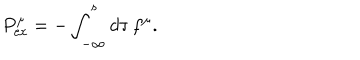
{ P } _ { \mathrm { e x } } ^ { \mu } = - \int _ { - \infty } ^ { s } d \tau \, f ^ { \mu } .